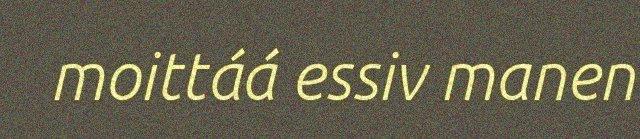
moittáá essiv manen